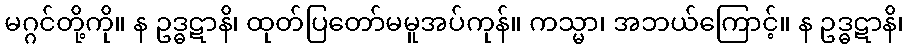
မဂ္ဂင်တို့ကို။ န ဥဒ္ဓဋာနိ၊ ထုတ်ပြတော်မမူအပ်ကုန်။ ကသ္မာ၊ အဘယ်ကြောင့်။ န ဥဒ္ဓဋာနိ၊